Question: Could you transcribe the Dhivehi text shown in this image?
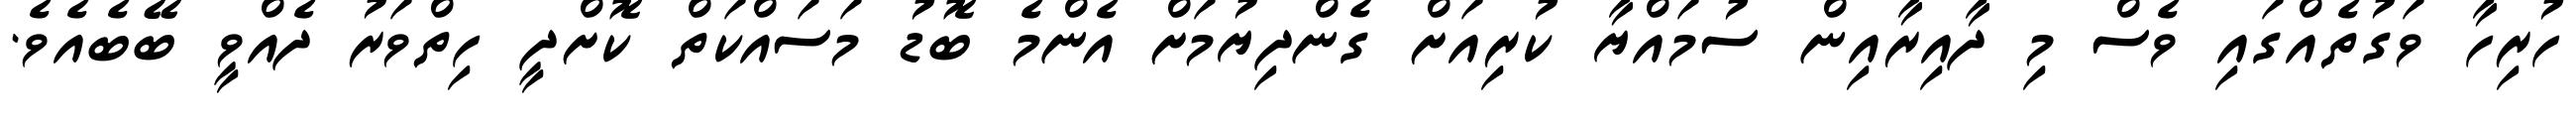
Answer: ހުރިހާ ވަގުތެއްގައި ވެސް މި ދާއިރާއިން ސުމައްޔާ ކުރިއަށް ގެންދިޔުމަށް އެންމެ ބޮޑު މަސައްކަތް ކޮށްދީ ހިތްވަރު ދެއްވީ ބޭބެއެވެ.